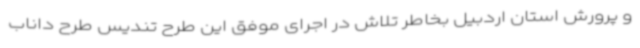
و پرورش استان اردبیل بخاطر تلاش در اجرای موفق این طرح تندیس طرح داناب